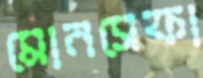
মোনসেফা